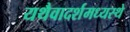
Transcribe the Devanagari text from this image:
यथैवादर्शमध्यस्थे